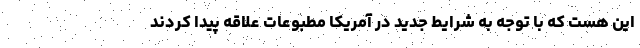
این هست که با توجه به شرایط جدید در آمریکا مطبوعات علاقه پیدا کردند